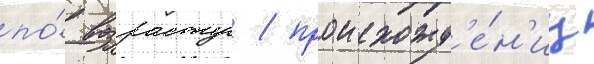
по́ возрасту / происхожд'е́н'иу